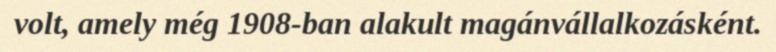
volt, amely még 1908-ban alakult magánvállalkozásként.